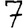
Digit: 7